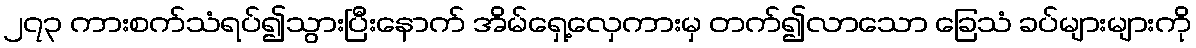
၂၇၃ ကားစက်သံရပ်၍သွားပြီးနောက် အိမ်ရှေ့လှေကားမှ တက်၍လာသော ခြေသံ ခပ်များများကို